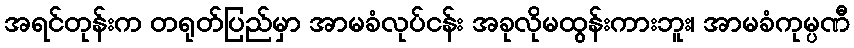
အရင်တုန်းက တရုတ်ပြည်မှာ အာမခံလုပ်ငန်း အခုလိုမထွန်းကားဘူး၊ အာမခံကုမ္ပဏီ